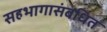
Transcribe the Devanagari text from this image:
सहभागासंबधित